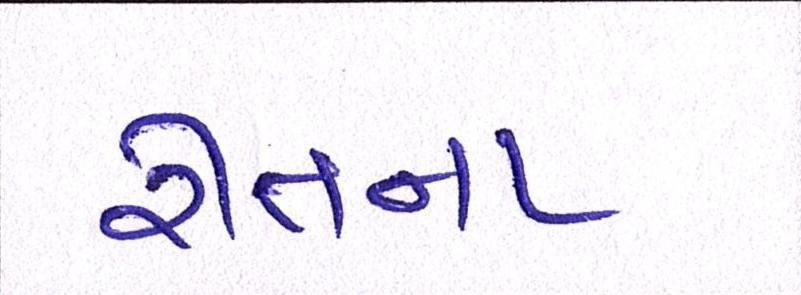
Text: રીતના